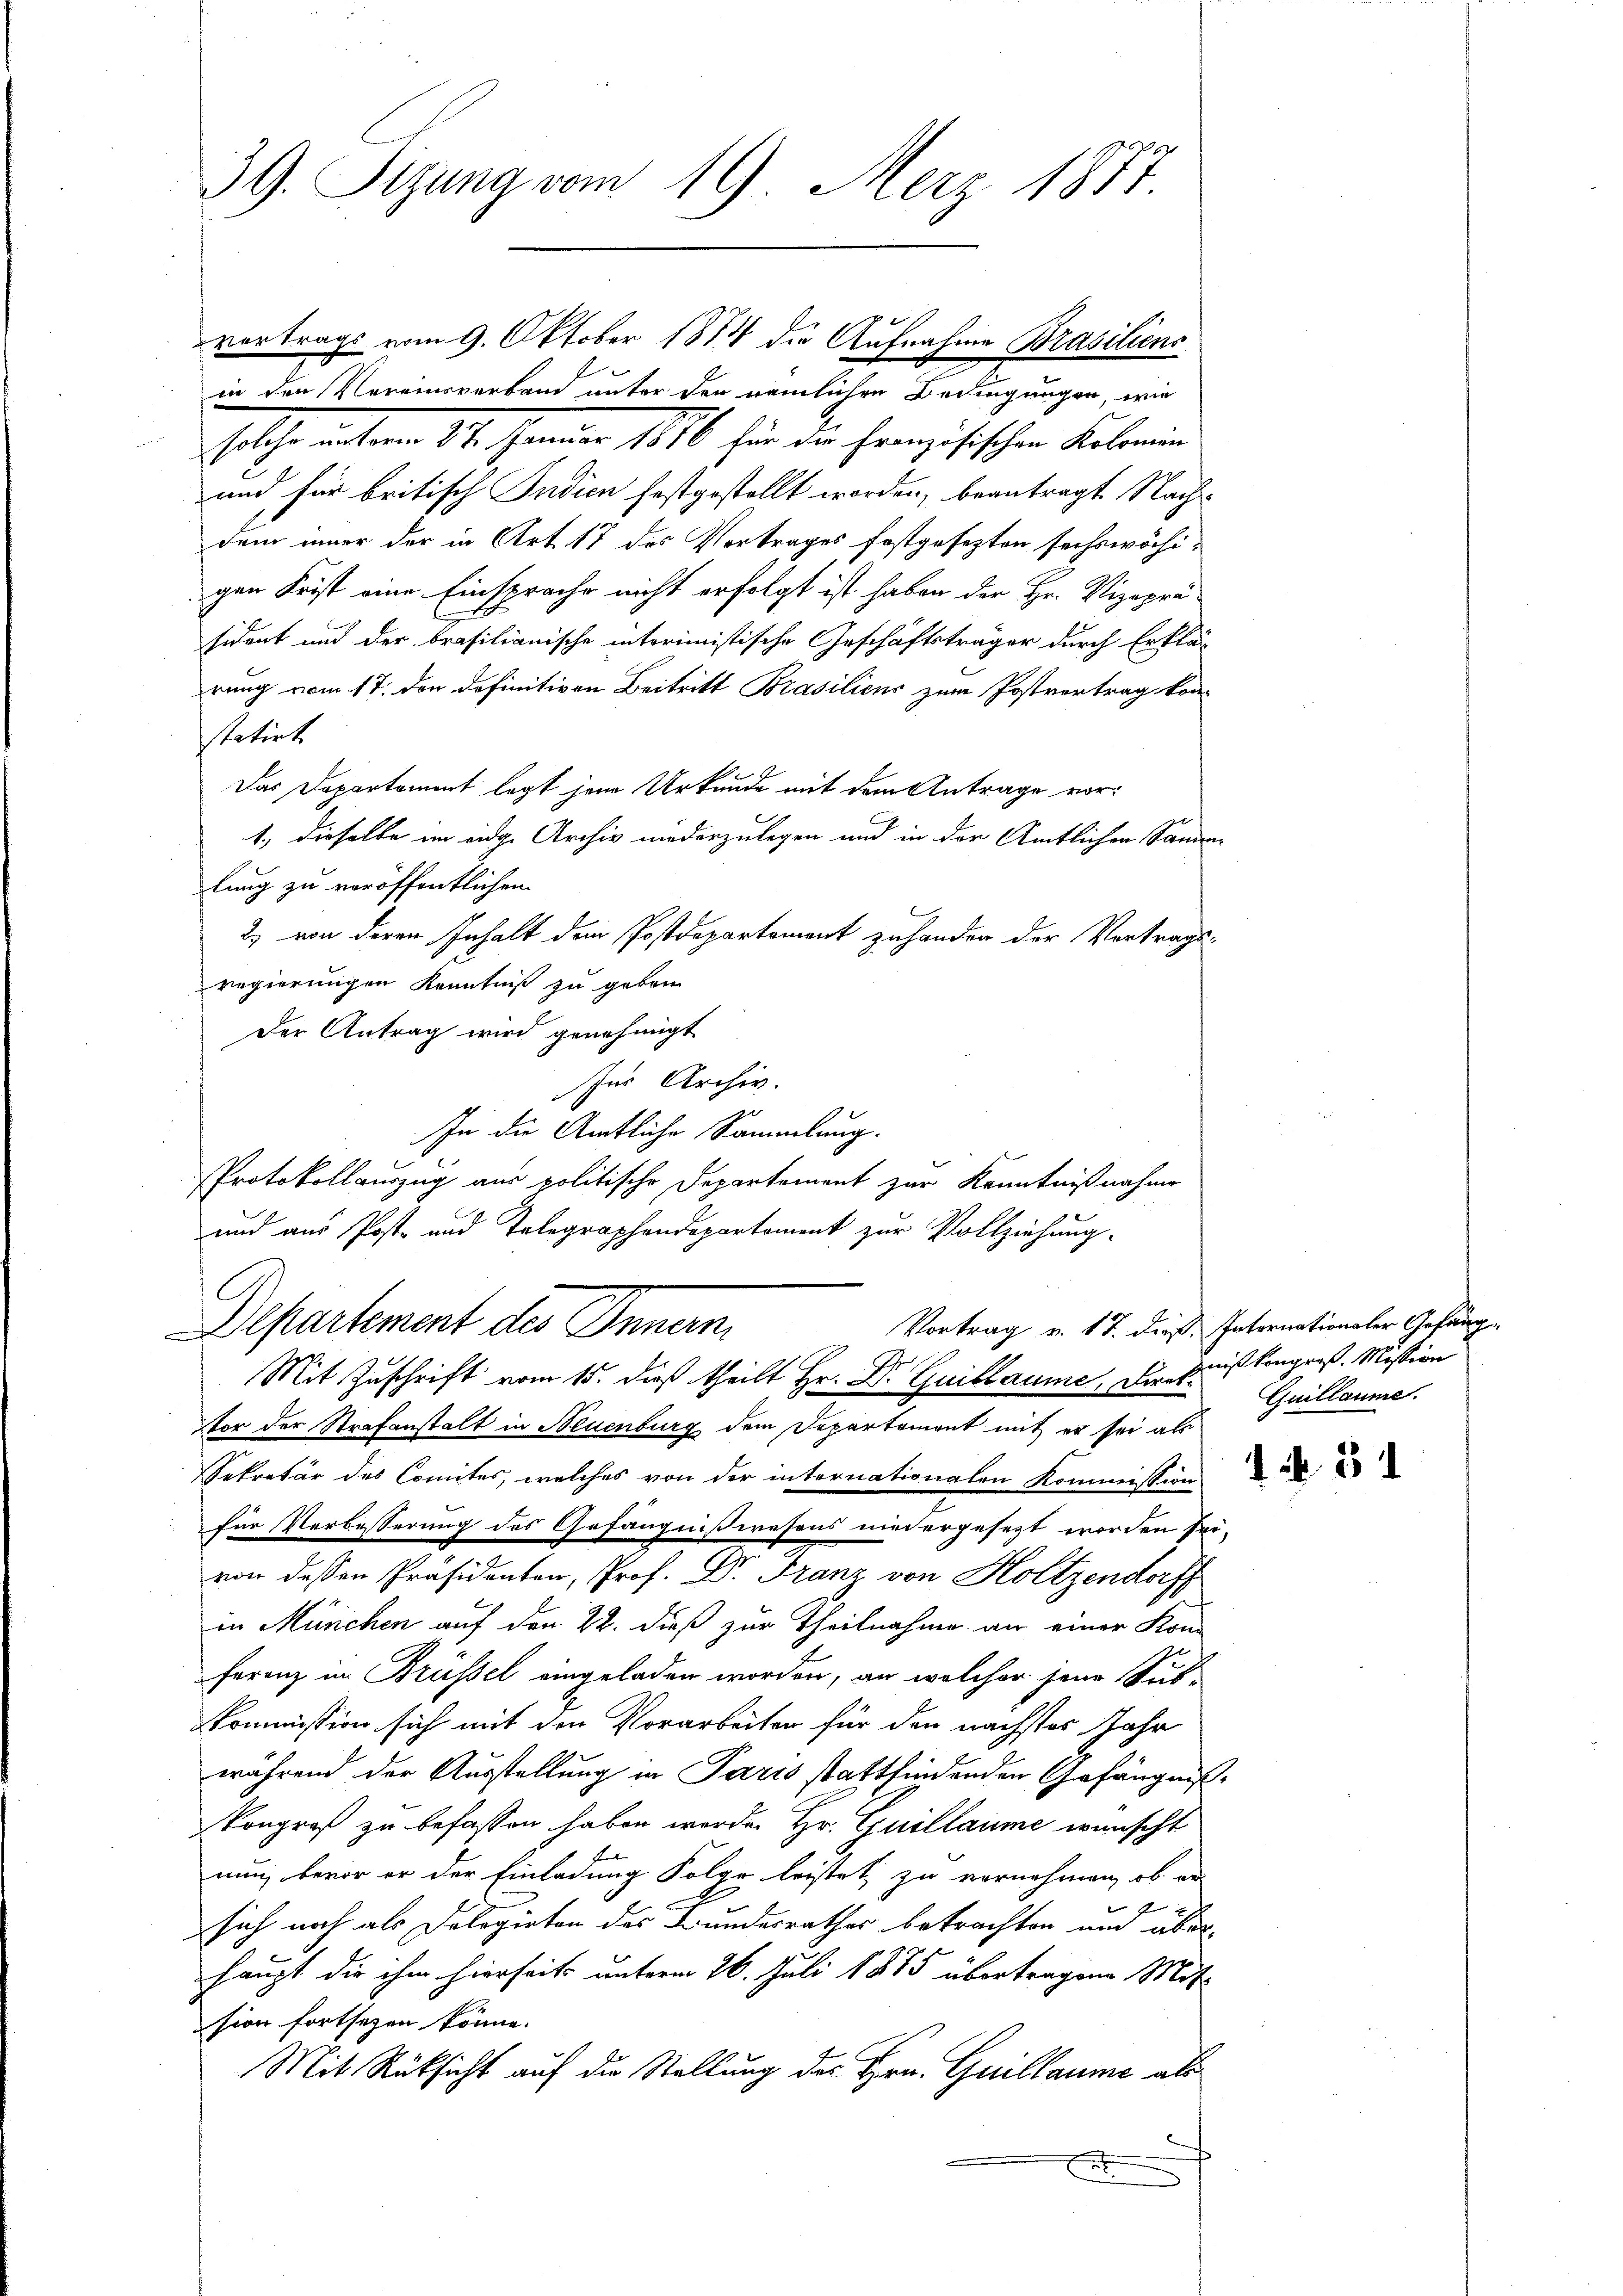
39. Sizung vom 19. Merz 1887.

vortrags vom 9. Oktober 1884 die Aufnahme Brasiliens
in den Vereinsverband unter den nämlichen Bedingungen, wie
solche unterm 14. Jenner 184 für der Französischen Kielenen
und für britisch Indien festgestellt worden, beantragt Nachdem inner der in Art. 17 des Vertrages festgesezten sechswöchigen Frist eine Einsprache nicht erfolgt ist haben der Hr. Vizepräsident und der brasilianische interimistische Geschäftsträger durch Erklä-
rung vom 17. den definitiven Beitritt Brasiliens zum Postvertrag kon
statirt
Das Departement legt jene Urkunde mit dem Antrage vor¬
1., dieselbe im eidge Archiv niederzulegen und in der Amtlichen Sanen
lung zu veröffentlichen
2) von deren Inhalt dem Postdepartement zuhanden der Vortragsregierungen Kenntniß zu geben.
Der Antrag wird genehmigt
für Archiv.
In die Amtliche Sammlung.
Protokollauszug aus politische Departement zur Kenntnißnahme
und aus Post- und Telegraphendepartement zur Vollziehung.
Vortrag v. 17. dieß Internationaler Gefäng-
Departement des Innern,
Mit Zuschrift vom 15. dieß theilt Hr. Dr Guillaume, die Knißkongroß. Mission
tor der Strafanstalt in Neuenburg dem Departement mit er sei als
Sekretär des Comites, welches von der internationalen Kommission
für Verbesserung des Gefängnißwesens niedergesezt worden sei-
von dessen Präsidenten, Prof. Dr. Franz von Holtzendorff
in München auf den 22. dieß zur Theilnahme an einer Kom-
ferenz in Brüssel eingeladen worden, an welcher jene Sub-
Kommission sich mit den Vorarbeiten für den nächstes Jahr
während der Ausstellung in Paris stattfindenden Gefängniß¬
Kongroß zu befassen haben worden Hr. Guillaume wünscht
f
nung, bevor er der Einladung Folge leistet zu vernehmen, ob er-
e
sich noch als Dolegirten des Bundesrathes betrachten und überhaupt die ihm hierseits unterm 26. Juli 1875 übertragene Mit
sion fortsetzen könne.
Mit Rücksicht auf die Stellung des Hrn. Guillaume als
.

Guillaume.

13